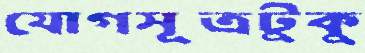
যোগসূত্রটুকু